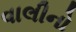
વાલીનો